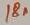
Text: 18n